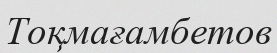
Тоқмағамбетов